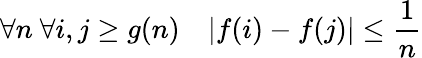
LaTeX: \forall n\ \forall i,j\geq g(n)\quad|f(i)-f(j)|\leq{\frac{1}{n}}